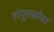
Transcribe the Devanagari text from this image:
हांगुलसोबत